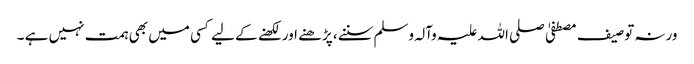
ورنہ توصیف مصطفیٰ صلی اللہ علیہ وآلہ وسلم سننے، پڑھنے اور لکھنے کے لیے کسی میں بھی ہمت نہیں ہے ۔